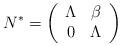
LaTeX: \begin{align*} N^*=\left(\begin{array}{cc} \Lambda& \beta\\ 0&\Lambda \end{array}\right) \end{align*}